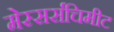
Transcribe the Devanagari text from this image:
मेस्सर्सचिमीट